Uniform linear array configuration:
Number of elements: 8
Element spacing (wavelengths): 0.25
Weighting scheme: exponential
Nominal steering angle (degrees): -45
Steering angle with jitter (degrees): -43.43
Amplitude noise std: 0.05
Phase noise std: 0.05

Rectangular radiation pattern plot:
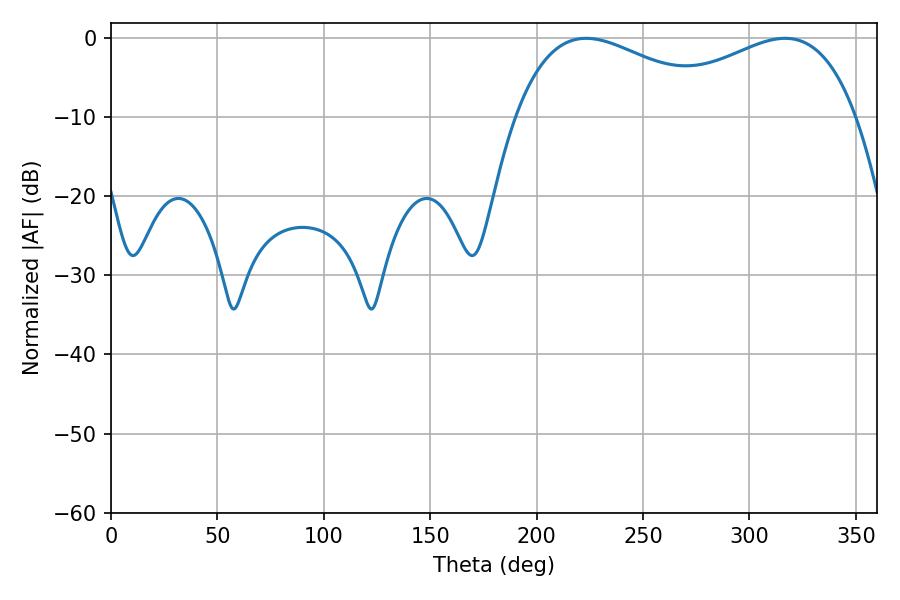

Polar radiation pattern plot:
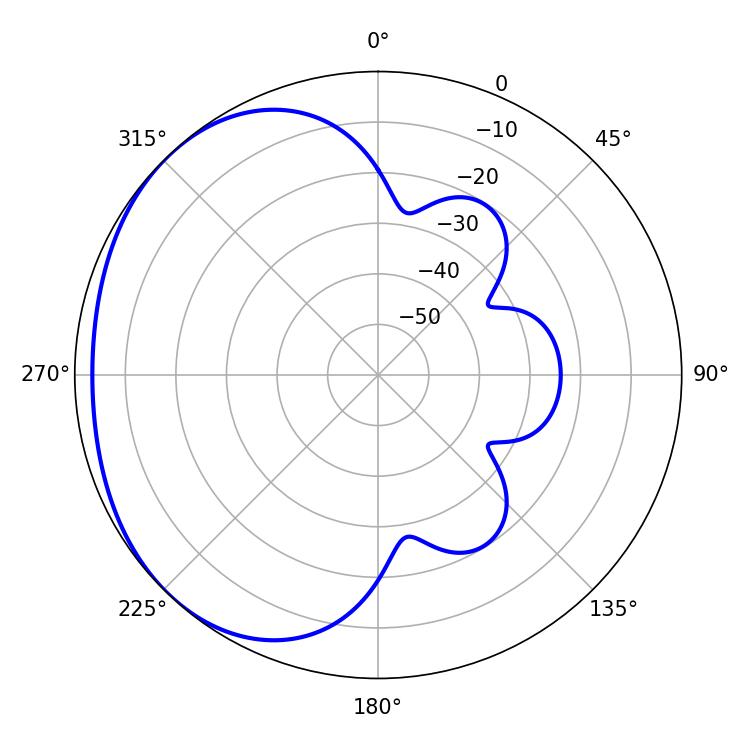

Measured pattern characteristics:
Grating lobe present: FALSE
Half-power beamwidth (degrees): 54.9
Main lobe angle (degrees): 223.2